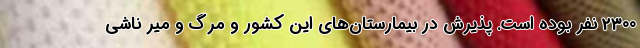
2300 نفر بوده است. پذیرش در بیمارستان‌های این کشور و مرگ و میر ناشی